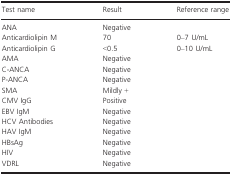
<table><thead><tr><td><b>Test name</b></td><td><b>Result</b></td><td><b>Reference range</b></td></tr></thead><tbody><tr><td>ANA</td><td>Negative</td><td></td></tr><tr><td>Anticardiolipin M</td><td>70</td><td>0–7 U/mL</td></tr><tr><td>Anticardiolipin G</td><td>&lt;0.5</td><td>0–10 U/mL</td></tr><tr><td>AMA</td><td>Negative</td><td></td></tr><tr><td>C‐ANCA</td><td>Negative</td><td></td></tr><tr><td>P‐ANCA</td><td>Negative</td><td></td></tr><tr><td>SMA</td><td>Mildly +</td><td></td></tr><tr><td>CMV IgG</td><td>Positive</td><td></td></tr><tr><td>EBV IgM</td><td>Negative</td><td></td></tr><tr><td>HCV Antibodies</td><td>Negative</td><td></td></tr><tr><td>HAV IgM</td><td>Negative</td><td></td></tr><tr><td>HBsAg</td><td>Negative</td><td></td></tr><tr><td>HIV</td><td>Negative</td><td></td></tr><tr><td>VDRL</td><td>Negative</td><td></td></tr></tbody></table>